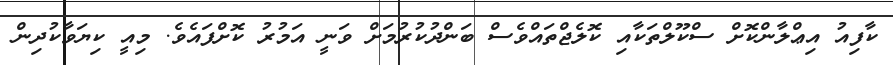
ކާފިއު އިޢްލާންކޮށް ސްކޫލްތަކާއި ކޮލެޖްތައްވެސް ބަންދުކުރުމަށް ވަނީ އަމުރު ކޮށްފައެވެ. މިއީ ކިޔަވާކުދިން